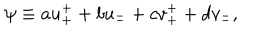
\psi \equiv a u _ { + } ^ { + } + b u _ { - } ^ { - } + c v _ { + } ^ { + } + d v _ { - } ^ { - } ,